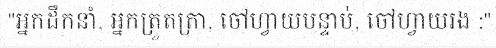
"អ្នកដឹកនាំ, អ្នកត្រួតត្រា, ចៅហ្វាយបន្ទាប់, ចៅហ្វាយរង :"